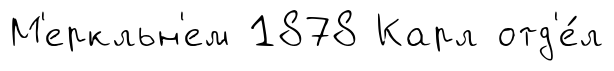
М'еркльн'ем 1878 Карл отд'е́л